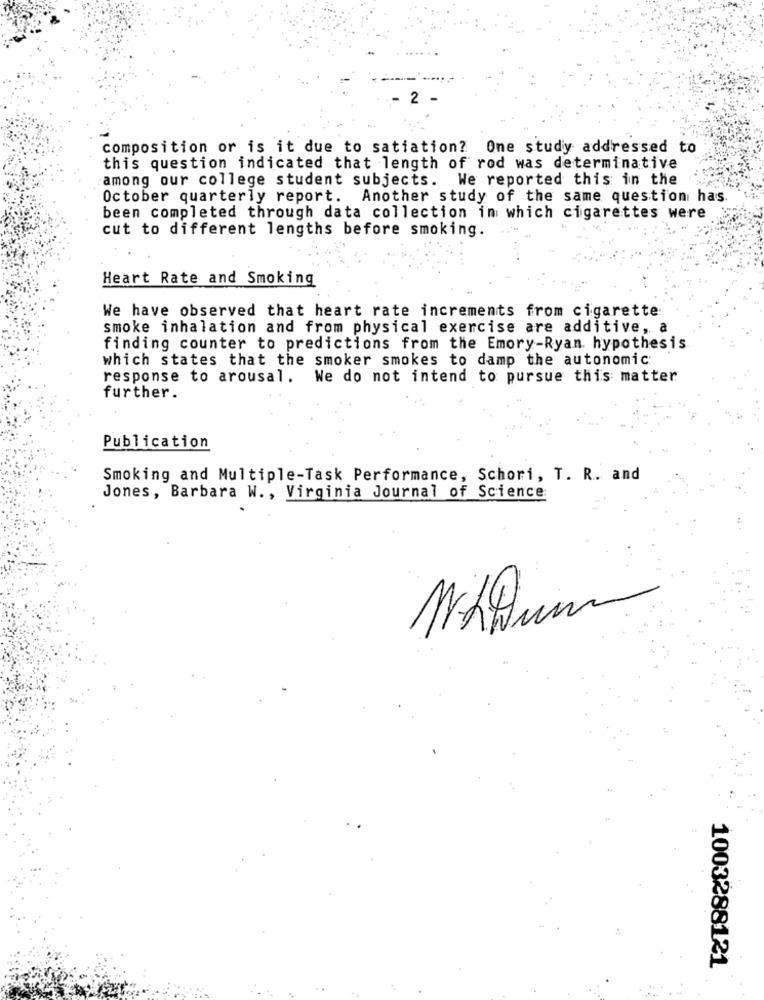
2
composition or is it due to satiation? One study addressed to
this question indicated that length of rod was determinative
among our college student subjects. We reported this in the
October quarterly report. Another study of the same question has.
been completed through data collection in which cigarettes were
cut to different lengths before smoking.
Heart Rate and Smoking
We have observed that heart rate increments from cigarette
smoke inhalation and from physical exercise are additive, a
finding counter to predictions from the Emory-Ryan. hypothesis
which states that the smoker smokes to damp the autonomic
response to arousal .
We do not intend to pursue this matter
further.
Publication
Smoking and Multiple-Task Performance, Schori, T. R. and
Jones, Barbara W ., Virginia Journal of Science
1003288121